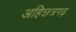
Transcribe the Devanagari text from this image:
अहिछत्रगढ़